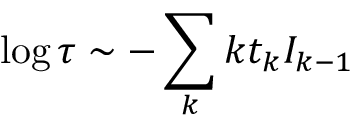
\log \tau \sim - \sum _ { k } k t _ { k } { \cal I } _ { k - 1 }